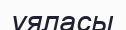
ұяласы